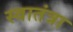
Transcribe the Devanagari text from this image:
स्वातंत्रा